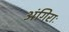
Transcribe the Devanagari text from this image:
अंगिराः